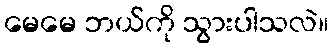
မေမေ ဘယ်ကို သွားပါသလဲ။